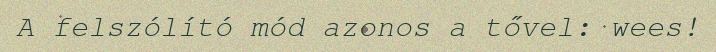
A felszólító mód azonos a tővel: wees!